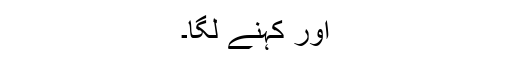
اور کہنے لگا۔